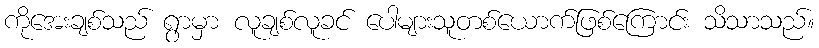
ကိုအေးချစ်သည် ရွာမှာ လူချစ်လူခင် ပေါများသူတစ်ယောက်ဖြစ်ကြောင်း သိသာသည်။